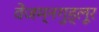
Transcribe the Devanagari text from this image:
वेंजम्नगुड्लूर